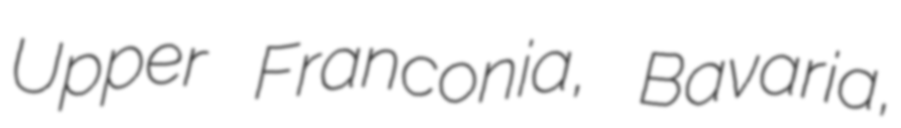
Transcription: Upper Franconia, Bavaria,